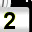
Digit: 2